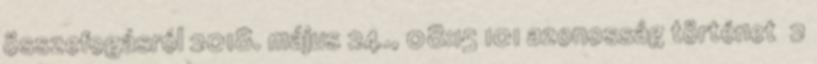
összefogásról 2018. május 24., 08:15 ‎101 azonosság történet ‎ 2